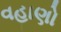
વહાણો